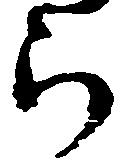
ら